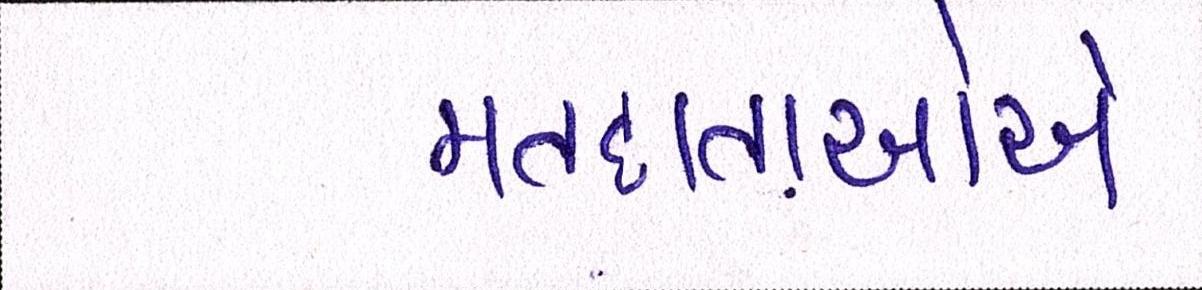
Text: મતદાતાઓએ